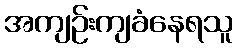
အကျဉ်းကျခံနေရသူ